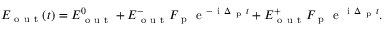
E _ { \mathrm { ~ o ~ u ~ t ~ } } ( t ) = E _ { \mathrm { ~ o ~ u ~ t ~ } } ^ { 0 } + E _ { \mathrm { ~ o ~ u ~ t ~ } } ^ { - } F _ { \mathrm { ~ p ~ } } \mathrm { ~ e ~ } ^ { - \mathrm { ~ i ~ } \Delta _ { \mathrm { ~ p ~ } } t } + E _ { \mathrm { ~ o ~ u ~ t ~ } } ^ { + } F _ { \mathrm { ~ p ~ } } \mathrm { ~ e ~ } ^ { \mathrm { ~ i ~ } \Delta _ { \mathrm { ~ p ~ } } t } .